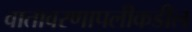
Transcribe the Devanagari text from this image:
वातावरणापलीकडील